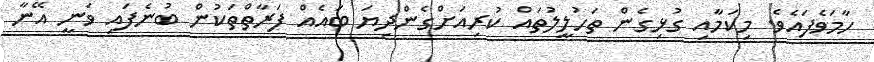
ހާމަވެފައެވެ. މިކަމާއި ގުޅިގެން ތަހުލީލުތައް ކުރިއަށްގެންދިޔަ ބައެއް ފަރާތްތަކުން ބުނެފައި ވަނީ އޭނާ